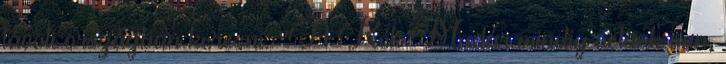
távoli országban keresni. ''A Kék Madár mindig velünk van,